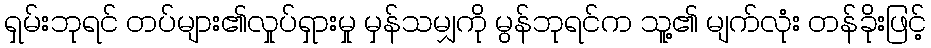
ရှမ်းဘုရင် တပ်များ၏လှုပ်ရှားမှု မှန်သမျှကို မွန်ဘုရင်က သူ့၏ မျက်လုံး တန်ခိုးဖြင့်